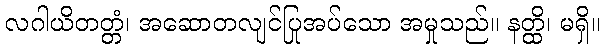
လဂါယိတတ္တံ၊ အဆောတလျင်ပြုအပ်သော အမှုသည်။ နတ္ထိ၊ မရှိ။